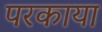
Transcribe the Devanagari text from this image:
परकाया